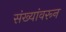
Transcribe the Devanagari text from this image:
संख्यांवरून